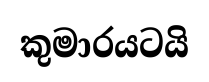
කුමාරයටයි